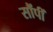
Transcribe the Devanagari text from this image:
सौंपीं